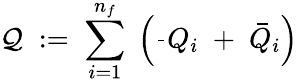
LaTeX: {\cal Q}\; :=\; \sum_{i=1}^{n_{f}}\; \left(\frac{}{}Q_{i}\; +\; \bar{Q}_{i}\right)